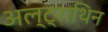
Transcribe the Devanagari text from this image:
अल्ट्राथिन